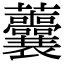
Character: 𧆔